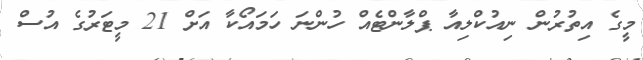
މީގެ އިތުރުން ނިއުކްލިއާ ޕްލާންޓެއް ހުންނަ ހަމައޯކާ އަށް 21 މީޓަރުގެ އުސް